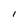
Character: I